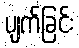
ပျက်ခြင်း